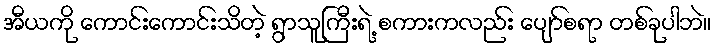
အီယကို ကောင်းကောင်းသိတဲ့ ရွာသူကြီးရဲ့ စကားကလည်း ပျော်စရာ တစ်ခုပါဘဲ။